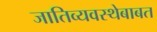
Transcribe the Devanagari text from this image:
जातिव्यवस्थेबाबत